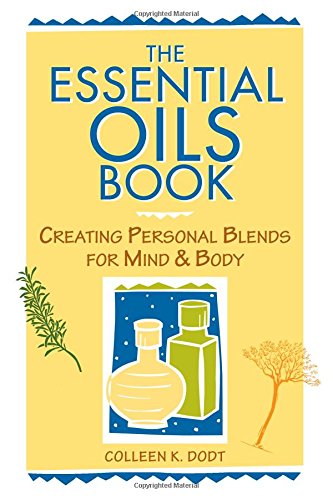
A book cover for The Essential Oils Book: Creating Personal Blends for Mind & Body; Colleen K. Dodt; Crafts, Hobbies & Home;